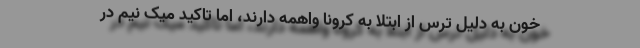
خون به دلیل ترس از ابتلا به کرونا واهمه دارند، اما تاکید میک نیم در